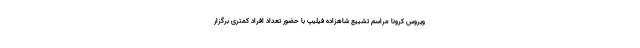
ویروس کرونا مراسم تشییع شاهزاده فیلیپ با حضور تعداد افراد کمتری برگزار